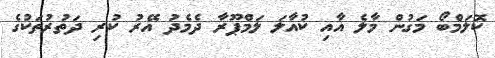
ކޮލަމްބޯ މަގުން މާލެ އާއި ކުއާލަ ލަމްޕޫރާ ދެމެދު އޭރު ކުރި ދަތުރުތަކުގެ